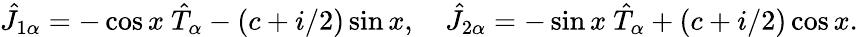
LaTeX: \hat{J}_{1\alpha}=-\cos x~\hat{T}_{\alpha}-(c+i/2)\sin x,~~~~\hat{J}_{2\alpha}=-\sin x~\hat{T}_{\alpha}+(c+i/2)\cos x.